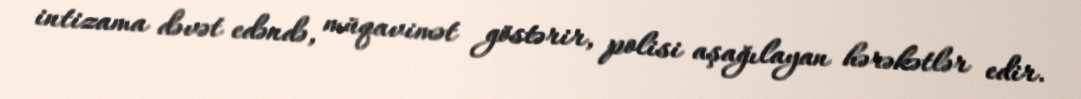
intizama dəvət edəndə, müqavimət göstərir, polisi aşağılayan hərəkətlər edir.